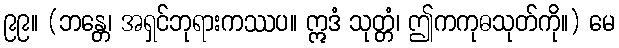
၉၉။ (ဘန္တေ၊ အရှင်ဘုရားကဿပ။ ဣဒံ သုတ္တံ၊ ဤကကုဓသုတ်ကို။) မေ